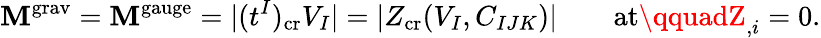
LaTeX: \mathbf{M}^{\mathrm{{grav}}}=\mathbf{M}^{\mathrm{{gauge}}}=|(t^{I})_{\mathrm{{cr}}}V_{I}|=|Z_{\mathrm{{cr}}}(V_{I},C_{IJK})|\qquad\mathrm{{at}}\qquadZ_{,i}=0.